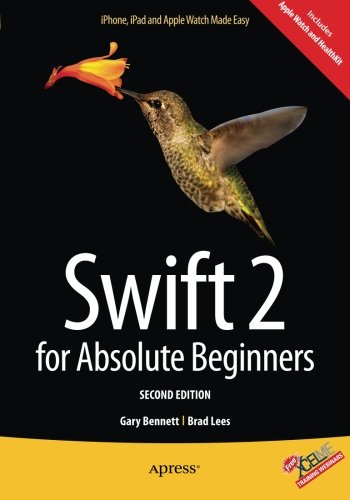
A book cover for Swift 2 for Absolute Beginners; Gary Bennett; Computers & Technology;